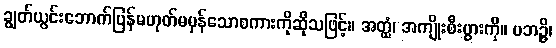
ချွတ်ယွင်းဘောက်ပြန်မဟုတ်မမှန်သောစကားကိုဆိုသဖြင့်။ အတ္ထံ၊ အကျိုးစီးပွားကို။ ပဘဉ္ဇိ၊